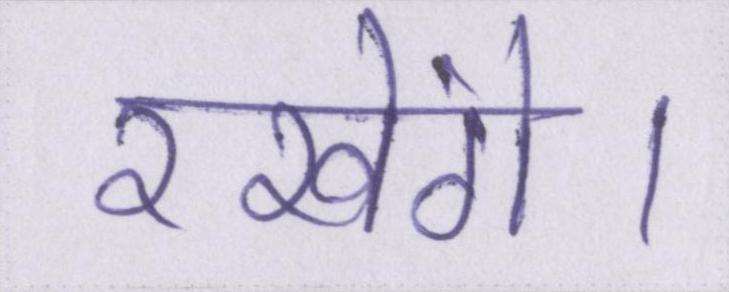
रखेंगे।